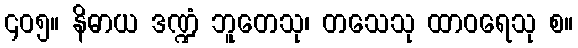
၄၀၅။ နိဓာယ ဒဏ္ဍံ ဘူတေသု၊ တသေသု ထာဝရေသု စ။